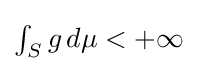
\textstyle \int _{S}g\,d\mu <+\infty